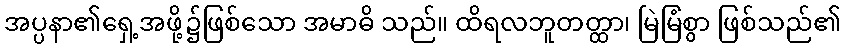
အပ္ပနာ၏ရှေ့အဖို့၌ဖြစ်သော အမာဓိ သည်။ ထိရလဘူတတ္ထာ၊ မြဲမြံစွာ ဖြစ်သည်၏